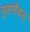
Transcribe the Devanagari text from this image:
वुडलँडस्